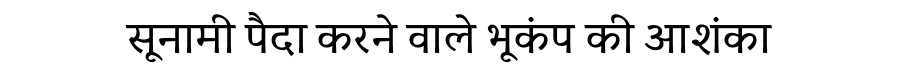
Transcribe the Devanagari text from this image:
सूनामी पैदा करने वाले भूकंप की आशंका